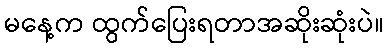
မနေ့က ထွက်ပြေးရတာအဆိုးဆုံးပဲ။